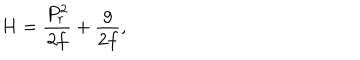
H = { \frac { P _ { r } ^ { 2 } } { 2 f } } + { \frac { g } { 2 f } } ,